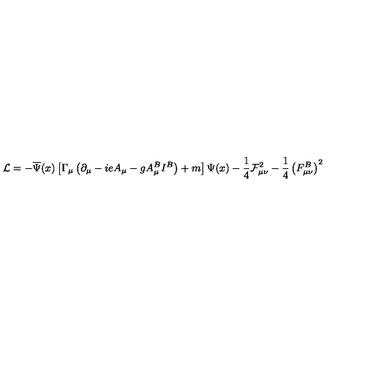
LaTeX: \mathcal { L } = - \overline { { \Psi } } ( x ) \left[ \Gamma _ { \mu } \left( \partial _ { \mu } - i e A _ { \mu } - g A _ { \mu } ^ { B } I ^ { B } \right) + m \right] \Psi ( x ) - \frac 1 4 \mathcal { F } _ { \mu \nu } ^ { 2 } - \frac 1 4 \left( F _ { \mu \nu } ^ { B } \right) ^ { 2 }